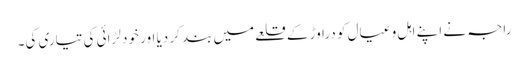
راجہ نے اپنے اہل و عیال کو دراوڑ کے قلعے میں بند کر دیا اور خود لڑائی کی تیاری کی۔